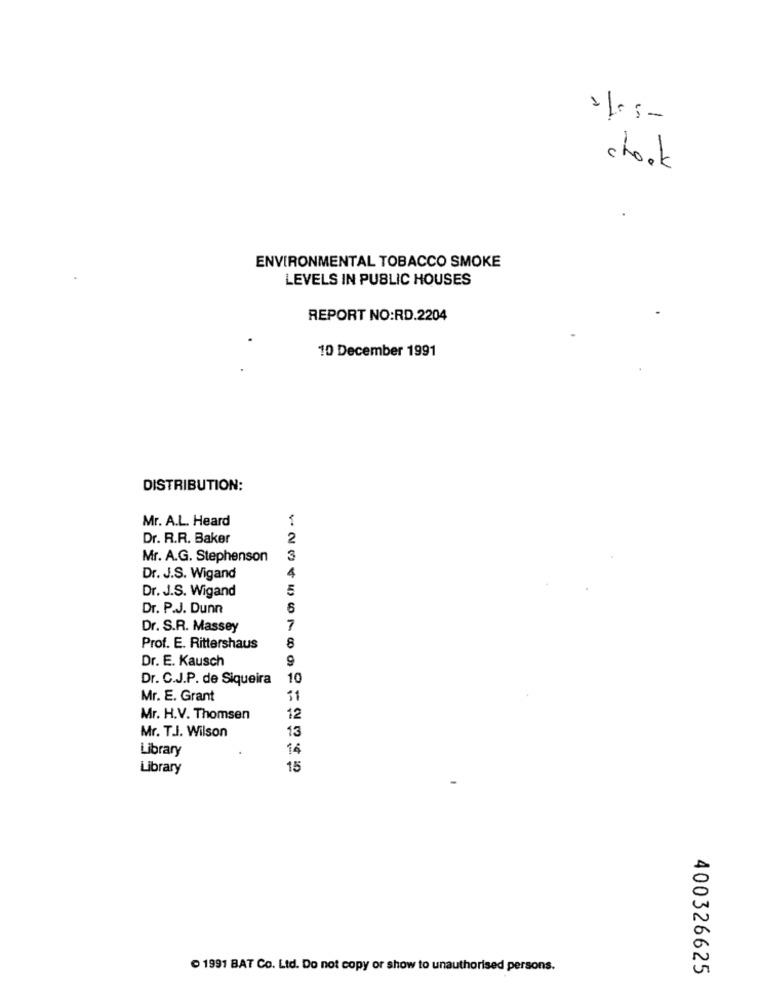
chook
ENVIRONMENTAL TOBACCO SMOKE
LEVELS IN PUBLIC HOUSES
REPORT NO:RD.2204
10 December 1991
DISTRIBUTION:
Mr. A.L. Heard
Dr. R.R. Baker
2
Mr. A.G. Stephenson
3
Dr. J.S. Wigand
Dr. J.S. Wigand
5
Dr. P.J. Dunn
6
Dr. S.R. Massey
7
Prof. E. Rittershaus
8
Dr. E. Kausch
Dr. C.J.P. de Siqueira
10
Mr. E. Grant
$1
Mr. H.V. Thomsen
12
Mr. T.I. Wilson
13
Library
14
Library
15
1991 BAT Co. Ltd. Do not copy or show to unauthorised persons.
400326625